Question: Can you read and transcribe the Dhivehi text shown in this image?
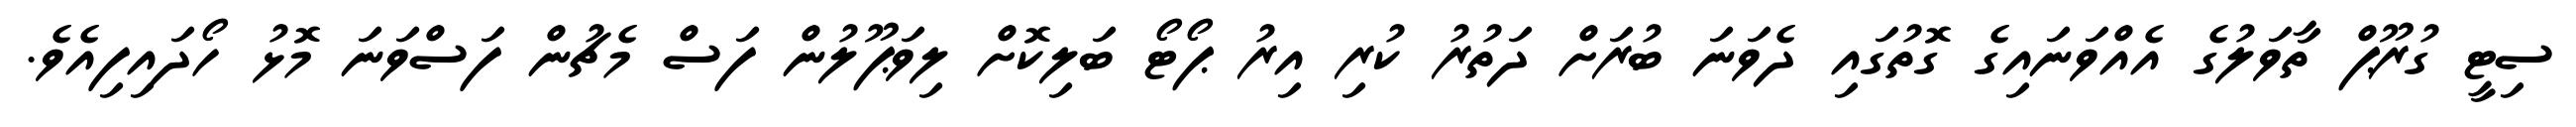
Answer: ސިޓީ ގުރޫޕް ތާވަލުގެ އެއްވަނައިގެ ގޮތުގައި ދެވަނަ ބުރަށް ދަތުރު ކުރި އިރު ޕޯޓޯ ބަލިކޮށް ލިވަޕޫލުން ފަސް މެޗުން ފަސްވަނަ މޮޅު ހޯދައިފިއެވެ.